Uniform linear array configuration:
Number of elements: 16
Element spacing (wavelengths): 0.75
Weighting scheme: kaiser
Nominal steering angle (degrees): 15
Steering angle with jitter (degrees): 16.369
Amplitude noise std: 0.05
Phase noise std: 0.05

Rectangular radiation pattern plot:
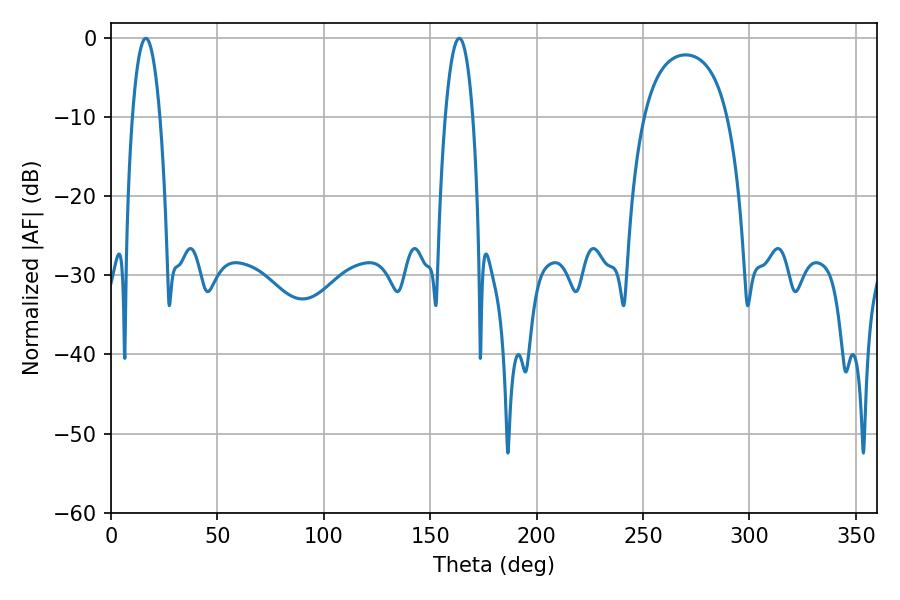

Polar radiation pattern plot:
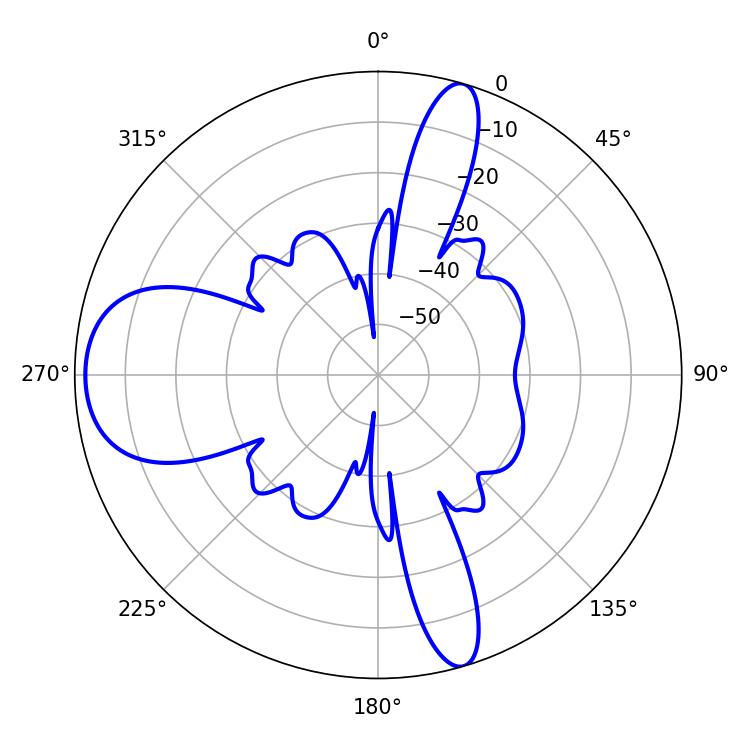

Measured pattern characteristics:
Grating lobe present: TRUE
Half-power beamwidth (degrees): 7.2
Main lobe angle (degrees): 16.38